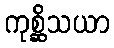
ကုစ္ဆိသယာ